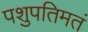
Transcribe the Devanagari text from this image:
पशुपतिमतं